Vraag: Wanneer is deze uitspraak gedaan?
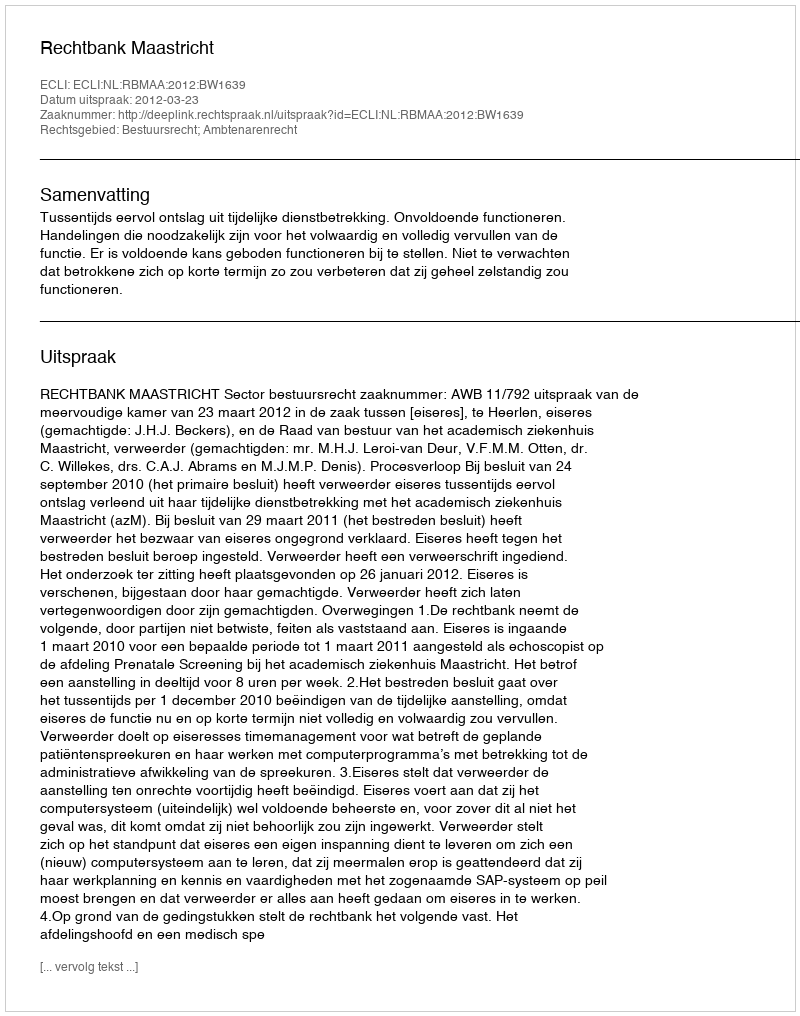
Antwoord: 2012-03-23